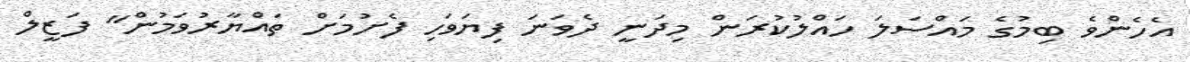
އެހެންވެ ބިމުގެ މައްސަލަ ހައްލުކުރަން މިދަނީ ދެވަނަ ފިޔަވަހި ފެށުމަށް ތައްޔާރުވަމުން" ފަޒީލް